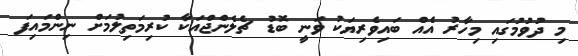
މި ދުވުމުގައި މިހާރު އެއް ބައިވެރިޔަކު ވަނީ ބޮޑު ޗެލެންޖްއަކާ ކުރިމަތިލުމަށް ނިންމައިފަ